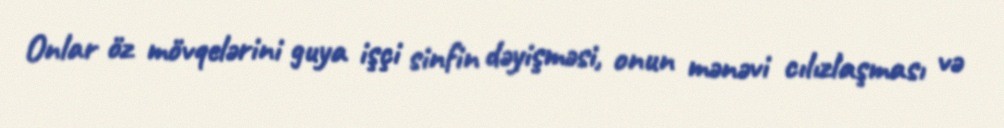
Onlar öz mövqelərini guya işçi sinfin dəyişməsi, onun mənəvi cılızlaşması və